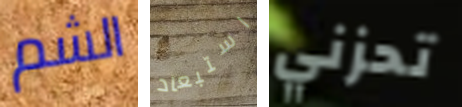
الشم استبعاد تحزني